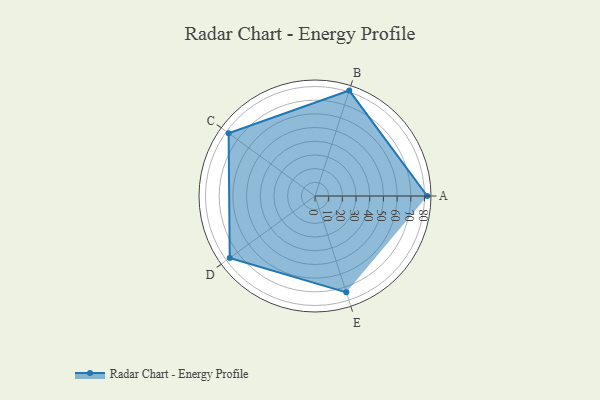
{"axis": {"x": "Skill", "y": "Score"}, "legend": ["Profile"], "data": [{"x": "A", "y": 82.0, "type": "Profile"}, {"x": "B", "y": 81.0, "type": "Profile"}, {"x": "C", "y": 78.0, "type": "Profile"}, {"x": "D", "y": 77.0, "type": "Profile"}, {"x": "E", "y": 74.0, "type": "Profile"}]}